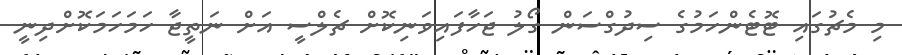
މި މެޗުގައި ޓޮޓެންހަމުގެ ސިދުގްސަން ގޯލު ޖަހާފައިވަނިކޮށް ޗެލްސީ އަށް ނަތީޖާ ހަމަހަމަކޮށްދިނީ